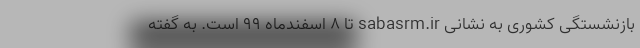
بازنشستگی کشوری به نشانی sabasrm.ir تا ۸ اسفندماه ۹۹ است. به گفته